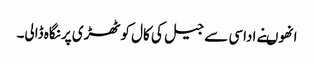
انھوںنے اداسی سے جیل کی کال کوٹھڑی پر نگاہ ڈالی۔